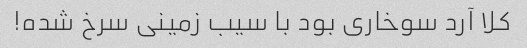
کلا آرد سوخاری بود با سیب زمینی سرخ شده!